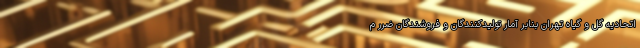
اتحادیه گل و گیاه تهران بنابر آمار تولیدکنندگان و فروشندگان ضرر م